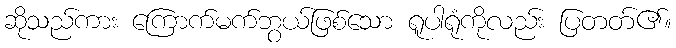
ဆိုသည်ကား ကြောက်မက်ဘွယ်ဖြစ်သော ရူပါရုံကိုလည်း ပြတတ်၏။